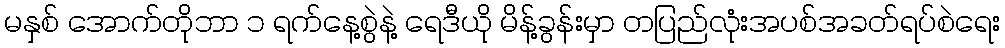
မနှစ် အောက်တိုဘာ ၁ ရက်နေ့စွဲနဲ့ ရေဒီယို မိန့်ခွန်းမှာ တပြည်လုံးအပစ်အခတ်ရပ်စဲရေး